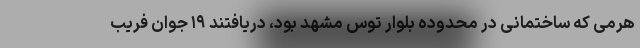
هرمی که ساختمانی در محدوده بلوار توس مشهد بود، دریافتند ۱۹ جوان فریب